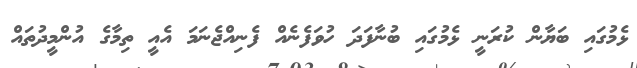
ޅެމުގައި ބަޔާން ކުރަނީ ޅެމުގައި ބުނާފަދަ ހުވަފެނެއް ފެނިއްޖެނަމަ އެއީ ތިމާގެ އުންމީދުތައް